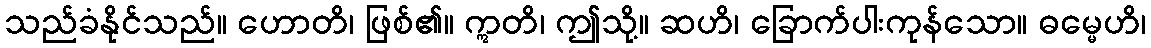
သည်ခံနိုင်သည်။ ဟောတိ၊ ဖြစ်၏။ ဣတိ၊ ဤသို့။ ဆဟိ၊ ခြောက်ပါးကုန်သော။ ဓမ္မေဟိ၊